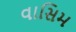
વાસિમ